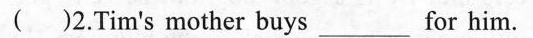
( )2.Tim's mother buys ___ for him.